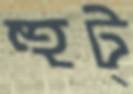
হুট্‌